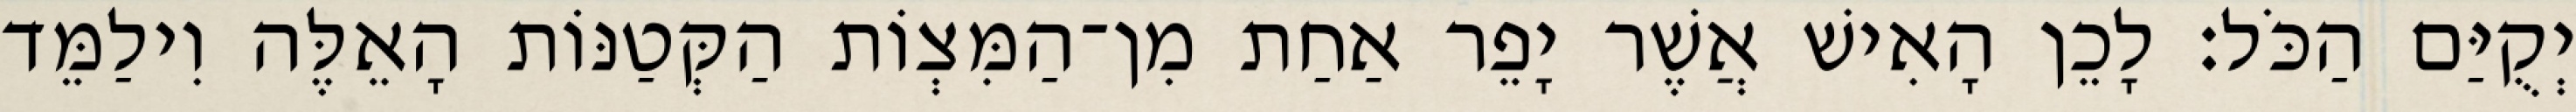
יְקֻיַּם הַכֹּל׃ לָכֵן הָאִישׁ אֲשֶׁר יָפֵר אַחַת מִן־הַמִּצְוֹת הַקְּטַנּוֹת הָאֵלֶּה וִילַמֵּד